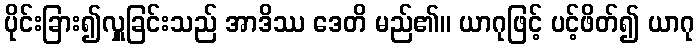
ပိုင်းခြား၍လှူခြင်းသည် အာဒိဿ ဒေတိ မည်၏။ ယာဂုဖြင့် ပင့်ဖိတ်၍ ယာဂု